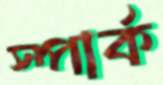
স্পার্ক